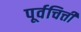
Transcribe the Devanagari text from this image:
पूर्वचित्ती